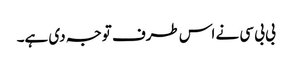
بی بی سی نے اس طرف توجہ دی ہے۔